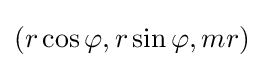
(r\cos \varphi ,r\sin \varphi ,mr)